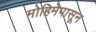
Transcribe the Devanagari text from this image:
मोहिमेपासून